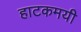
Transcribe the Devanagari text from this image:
हाटकमयी